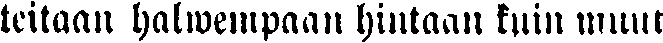
teilaan halwempaan hintaan kuin muut